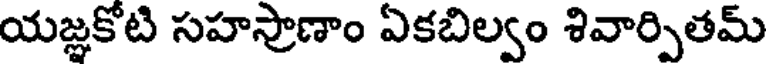
యజ్ఞకోటి సహస్రాణాం ఏకబిల్వం శివార్పితమ్